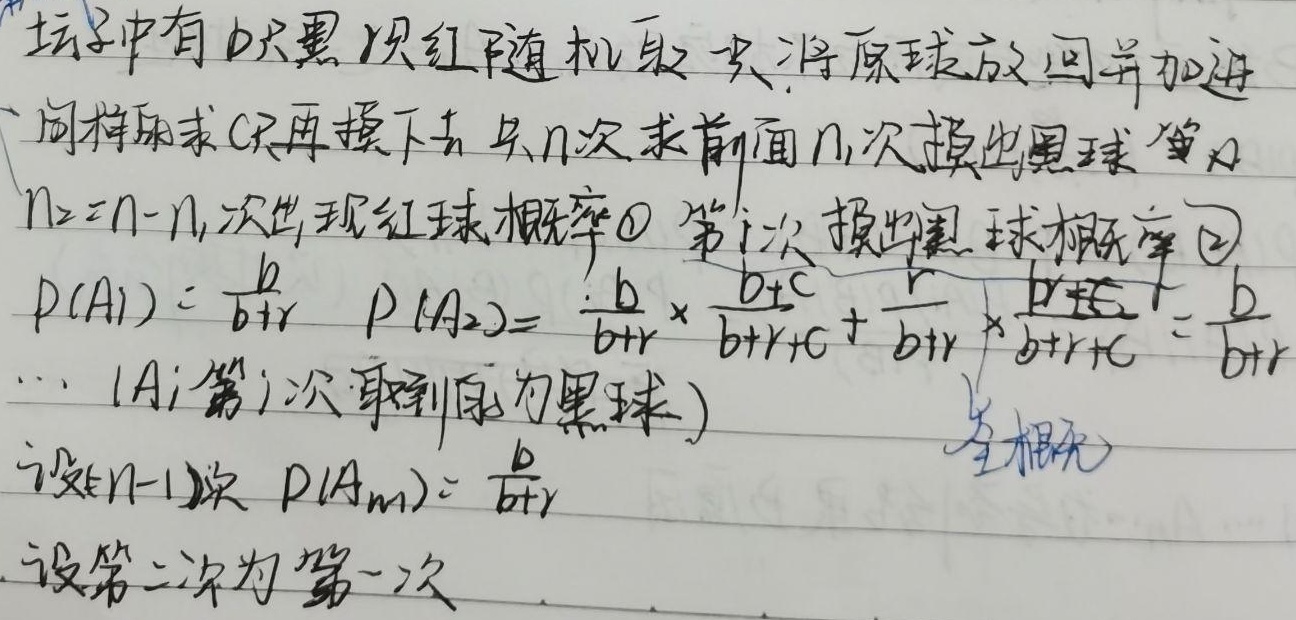
坛子中有 \(b\) 只黑，\(r\) 只红，随机取一只，将原球放回并加进同样颜色的球 \(c\) 只，再摸下去共 \(n\) 次，求前面 \(n_1\) 次摸出黑球，\(n_2=n - n_1\) 次出现红球概率：

\[
\begin{align*}
P(A_1)&=\frac{b}{b + r}\\
P(A_2)&=\frac{b}{b + r}\times\frac{b + c}{b + r + c}+\frac{r}{b + r}\times\frac{b}{b + r + c}=\frac{b}{b + r}\\
&\cdots\\
(A_i& \text{ 表示第 }i\text{ 次取到球为黑球})\\
\text{设 }(n - 1)\text{ 次 }P(A_m)&=\frac{b}{b + r}\\
\text{设第二次为第一次}
\end{align*}
\]